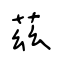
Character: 茲